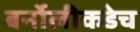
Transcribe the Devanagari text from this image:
बर्नोलीकडेच